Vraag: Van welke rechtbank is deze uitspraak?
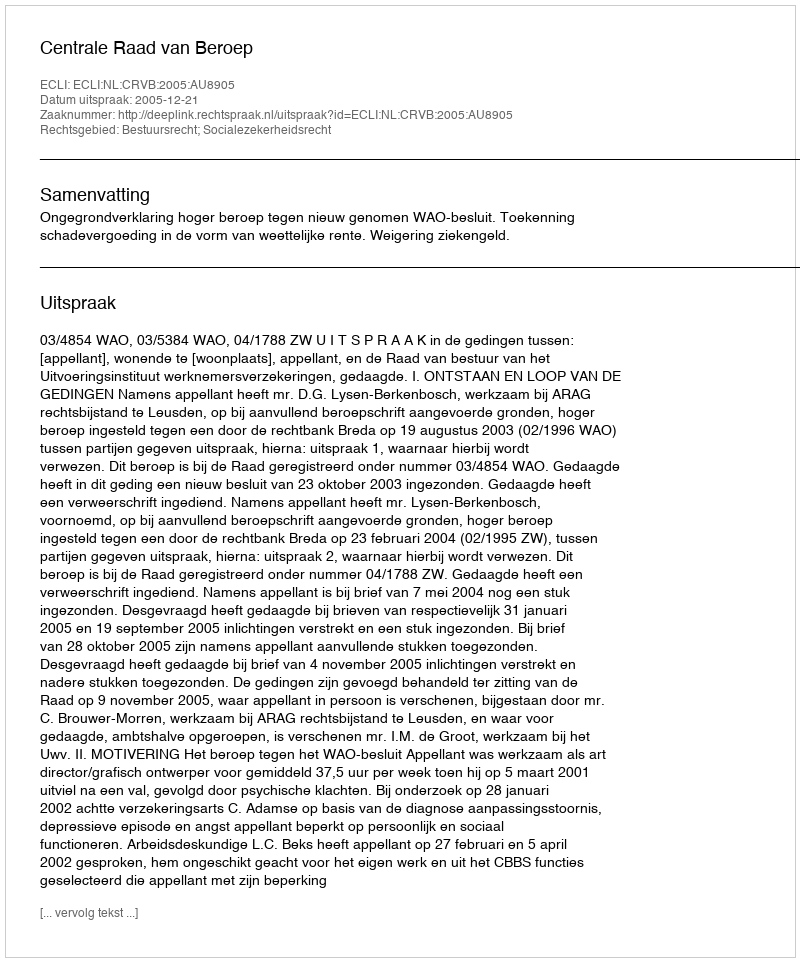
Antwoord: Centrale Raad van Beroep